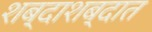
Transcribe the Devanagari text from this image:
शब्दाशब्दात